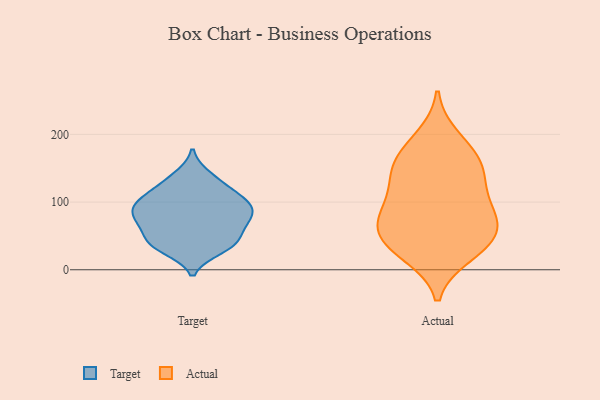
{"axis": {"x": "Inventory Turnover", "y": "Value"}, "legend": ["Actual", "Target"], "data": [{"x": "", "y": 30, "type": "Target"}, {"x": "", "y": 68, "type": "Target"}, {"x": "", "y": 133, "type": "Target"}, {"x": "", "y": 75, "type": "Target"}, {"x": "", "y": 86, "type": "Target"}, {"x": "", "y": 38, "type": "Target"}, {"x": "", "y": 65, "type": "Target"}, {"x": "", "y": 83, "type": "Target"}, {"x": "", "y": 139, "type": "Target"}, {"x": "", "y": 35, "type": "Target"}, {"x": "", "y": 121, "type": "Target"}, {"x": "", "y": 55, "type": "Target"}, {"x": "", "y": 40, "type": "Target"}, {"x": "", "y": 88, "type": "Target"}, {"x": "", "y": 105, "type": "Target"}, {"x": "", "y": 81, "type": "Target"}, {"x": "", "y": 39, "type": "Target"}, {"x": "", "y": 103, "type": "Target"}, {"x": "", "y": 106, "type": "Target"}, {"x": "", "y": 101, "type": "Target"}, {"x": "", "y": 71, "type": "Actual"}, {"x": "", "y": 195, "type": "Actual"}, {"x": "", "y": 159, "type": "Actual"}, {"x": "", "y": 173, "type": "Actual"}, {"x": "", "y": 58, "type": "Actual"}, {"x": "", "y": 35, "type": "Actual"}, {"x": "", "y": 122, "type": "Actual"}, {"x": "", "y": 103, "type": "Actual"}, {"x": "", "y": 52, "type": "Actual"}, {"x": "", "y": 23, "type": "Actual"}, {"x": "", "y": 150, "type": "Actual"}, {"x": "", "y": 83, "type": "Actual"}, {"x": "", "y": 77, "type": "Actual"}, {"x": "", "y": 32, "type": "Actual"}, {"x": "", "y": 141, "type": "Actual"}]}